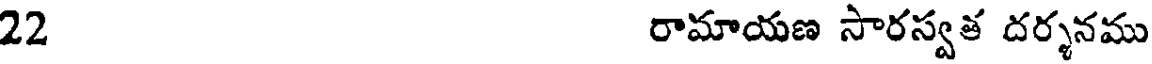
22 రామాయణ సారస్వత దర్శనము